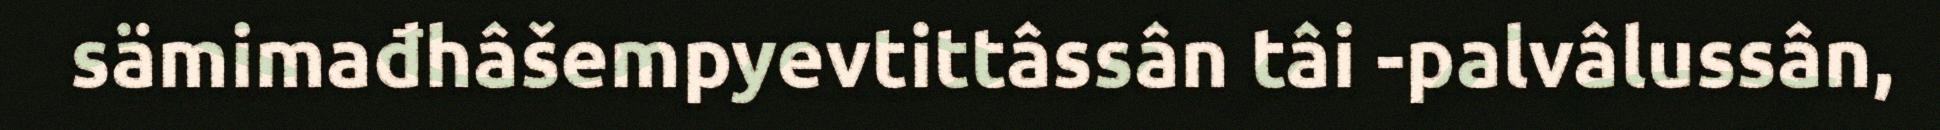
sämimađhâšempyevtittâssân tâi -palvâlussân,